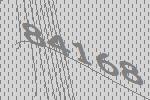
84168